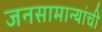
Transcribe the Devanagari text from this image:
जनसामान्यांची